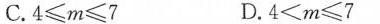
C.4\geqm\geq7 D.4＜m\geq7